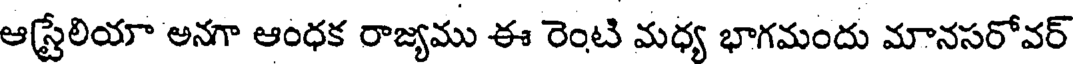
ఆస్టేలియా అనగా ఆంధక రాజ్యము ఈ రెంటి మధ్య భాగమందు మానసరోవర్